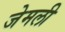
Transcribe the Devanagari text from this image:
जेमली